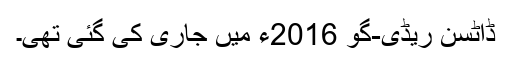
ڈاٹسن ریڈی-گو 2016ء میں جاری کی گئی تھی۔